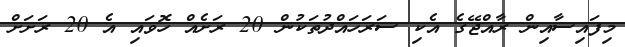
މިފައިސާއިން ރާއްޖޭގެ އެކި ސަރަހައްދުތަކުން 20 ރަށެއް ހޮވައި އެ 20 ރަށަށް